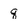
Character: q